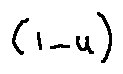
( 1 - u )